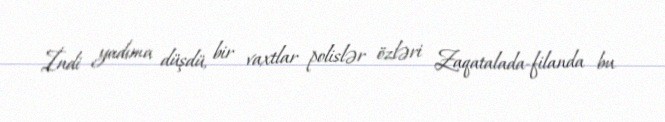
İndi yadıma düşdü, bir vaxtlar polislər özləri Zaqatalada-filanda bu